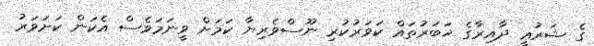
ގެ ޝަރުޢީ ދާއިރާގެ ޚަބަރުތައް ކަވަރުކުރި ނޫސްވެރިޔާ ކަމަށް ވީނަމަވެސް އެކަން ކަށަވަރު